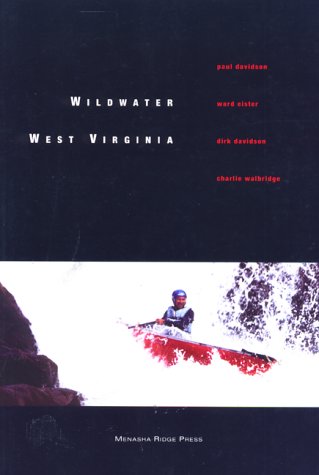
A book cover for Wildwater West Virginia, 4th; Paul Davidson; Travel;